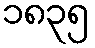
၁၈၃၅